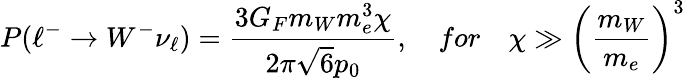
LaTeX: P(\ell^{-}\rightarrow W^{-}\nu_{\ell})=\frac{3G_{F}m_{W}m_{e}^{3}\chi}{2\pi\sqrt{6}p_{0}},\quad for\quad\chi\gg\biggl({\frac{m_{W}}{m_{e}}}\biggr)^{3}